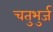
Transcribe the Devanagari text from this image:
चतुभुर्ज